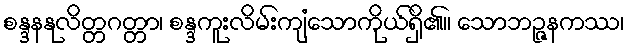
စန္ဒနနုလိတ္တဂတ္တာ၊ စန္ဒကူးလိမ်းကျံသောကိုယ်ရှိ၏။ သောဘဉ္ဇနကဿ၊